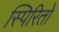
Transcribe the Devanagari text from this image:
स्पिरितो